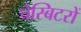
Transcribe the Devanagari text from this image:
प्रेस्बिटरों